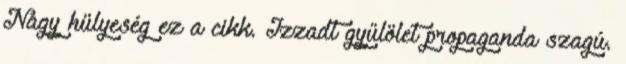
Nagy hülyeség ez a cikk. Izzadt gyűlölet propaganda szagú.